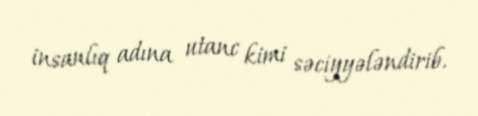
insanlıq adına utanc kimi səciyyələndirib.